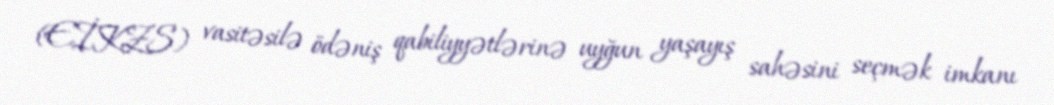
(EİKZS) vasitəsilə ödəniş qabiliyyətlərinə uyğun yaşayış sahəsini seçmək imkanı